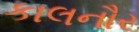
કાલનૌર